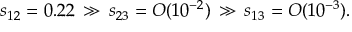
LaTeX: s _ { 1 2 } = 0 . 2 2 \, \gg \, s _ { 2 3 } = { \cal O } ( 1 0 ^ { - 2 } ) \, \gg \, s _ { 1 3 } = { \cal O } ( 1 0 ^ { - 3 } ) .